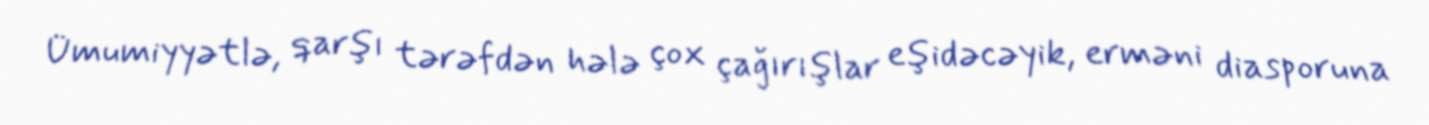
Ümumiyyətlə, qarşı tərəfdən hələ çox çağırışlar eşidəcəyik, erməni diasporuna